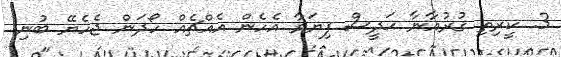
3. ކީރިތި ޤުރުއާނާ ޙަދީސް ފިޔަވާ އެހެން އެއްޗެއް ހޯދަން ޖެހެޔޭ ބުނި.